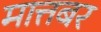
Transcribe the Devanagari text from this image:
मात्तबर